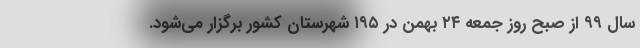
سال ۹۹ از صبح روز جمعه ۲۴ بهمن در ۱۹۵ شهرستان کشور برگزار می‌شود.